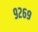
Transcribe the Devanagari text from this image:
९२६९